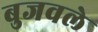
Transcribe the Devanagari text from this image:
बुजवले